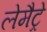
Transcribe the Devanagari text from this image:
लेमैट्रे